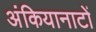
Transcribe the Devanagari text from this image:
अंकियानाटों